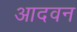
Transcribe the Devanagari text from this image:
आदवन